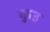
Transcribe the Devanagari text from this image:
कुउ